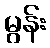
မွန်း